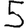
Digit: 5